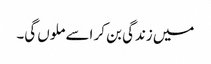
میں زندگی بن کر اسے ملوں گی۔